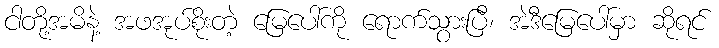
ငါတို့အမိနဲ့ အဖအုပ်စိုးတဲ့ မြေပေါ်ကို ရောက်သွားပြီ၊ အဲဒီမြေပေါ်မှာ ဆိုရင်